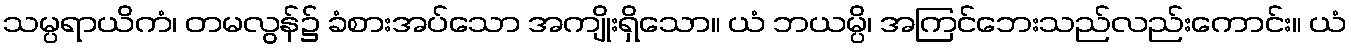
သမ္ပရာယိကံ၊ တမလွန်၌ ခံစားအပ်သော အကျိုးရှိသော။ ယံ ဘယမ္ပိ၊ အကြင်ဘေးသည်လည်းကောင်း။ ယံ